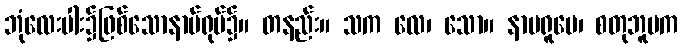
ဘုံလေးပါး၌ဖြစ်သောနာမ်ရုပ်၌။ တနည်း။ သက လေ၊ သော။ နာမရူပေ၊ စတုဘူမက